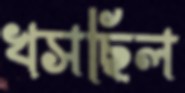
খসছিল